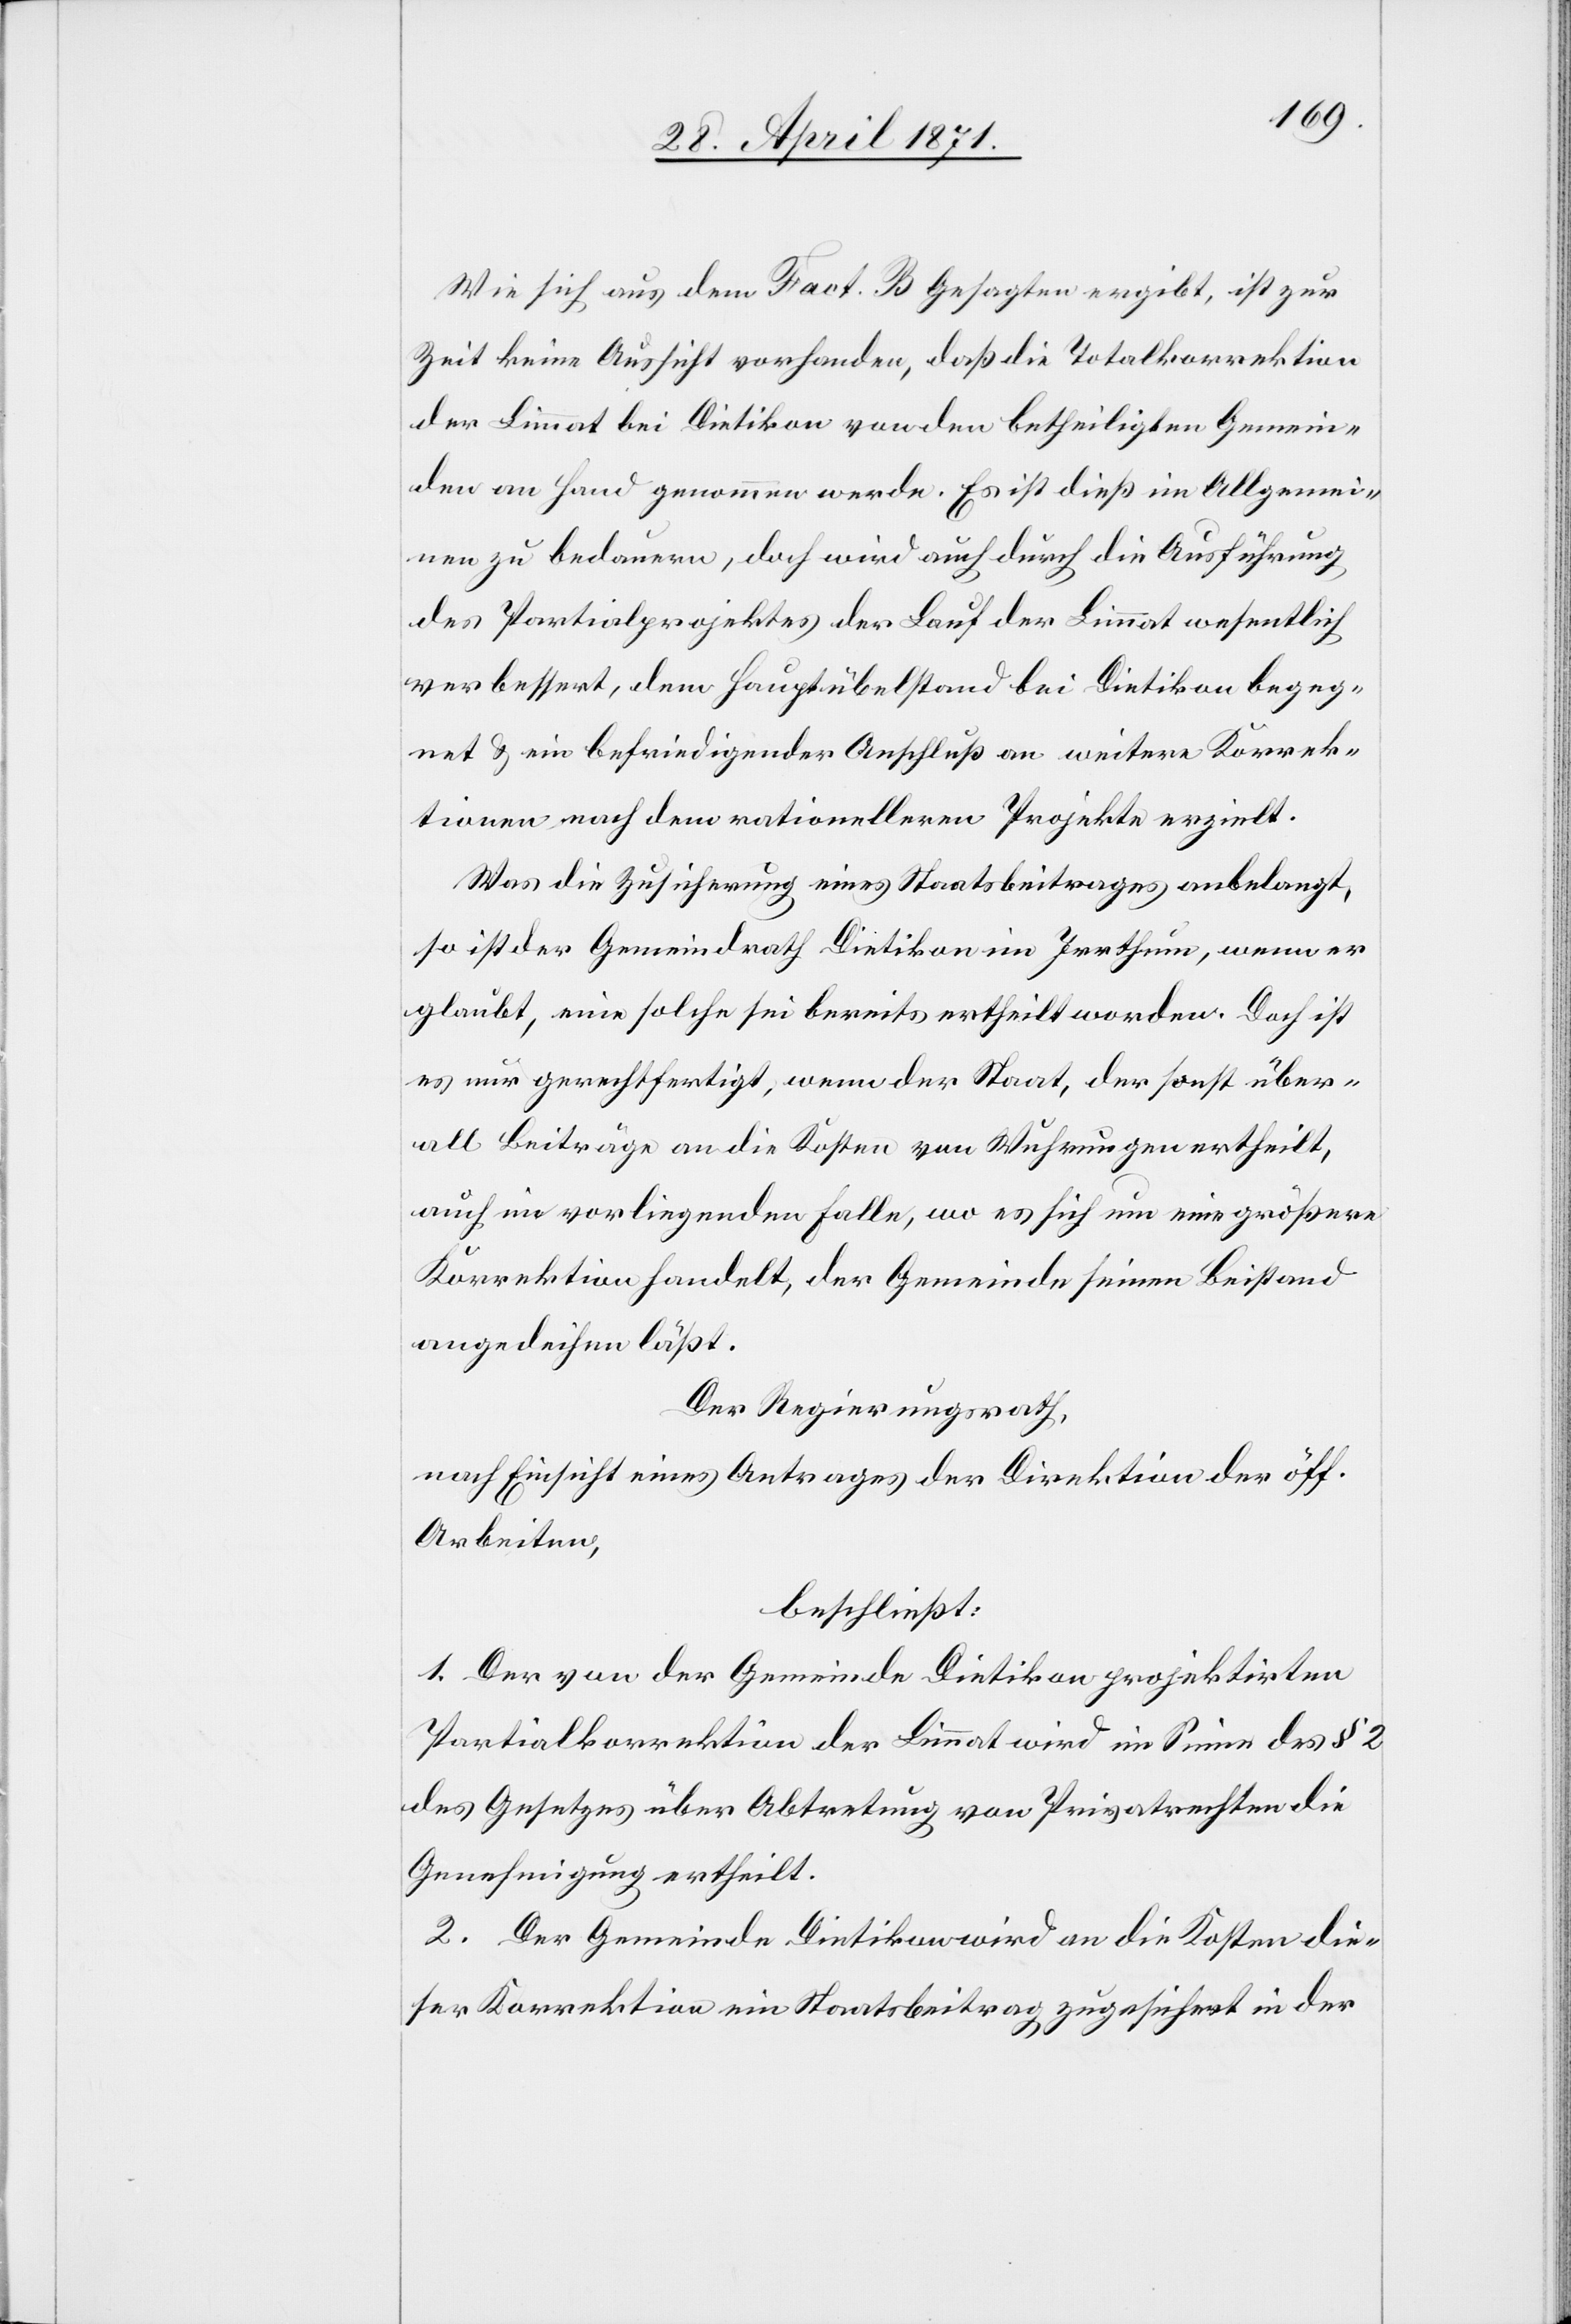
Wie sich aus dem Fact. B Gesagten ergibt, ist zur
Zeit keine Aussicht vorhanden, daß die Totalkorrektion
der Limmat bei Dietikon von den betheiligten Gemein¬
den an Hand genommen werde. Es ist dieß im Allgemei¬
nen zu bedauern, doch wird auch durch die Ausführung
des Partialprojektes der Lauf der Limmat wesentlich
verbessert, dem Hauptübelstand bei Dietikon begeg¬
net u. ein befriedigender Anschluß an weitere Korrek¬
tionen nach dem rationelleren Projekte erzielt.
Was die Zusicherung eines Staatsbeitrages anbelangt,
so ist der Gemeindrath Dietikon im Irrthum, wenn er
glaubt, eine solche sei bereits ertheilt worden. Doch ist
es nur gerechtfertigt, wenn der Staat, der sonst über¬
all Beiträge an die Kosten von Wuhrungen ertheilt,
auch im vorliegenden Falle, wo es sich um eine größere
Korrektion handelt, der Gemeinde seinen Beistand
angedeihen läßt.
Der Regierungsrath,
nach Einsicht eines Antrages der Direktion der öff.
Arbeiten,
beschließt:
1. Der von der Gemeinde Dietikon projektirten
Partialkorrektion der Limmat wird im Sinne des § 2
des Gesetzes über Abtretung von Privatrechten die
Genehmigung ertheilt.
2. Der Gemeinde Dietikon wird an die Kosten die¬
ser Korrektion ein Staatsbeitrag zugesichert in der